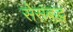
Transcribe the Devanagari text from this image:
सेसंबद्ध